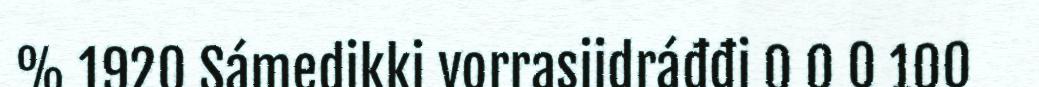
% 1920 Sámedikki vorrasiidráđđi 0 0 0 100